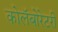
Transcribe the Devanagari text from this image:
कोलॅबोरेटरी